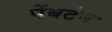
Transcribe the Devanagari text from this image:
पेंबर्टन